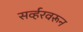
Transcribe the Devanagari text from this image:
सर्व्हरवरून